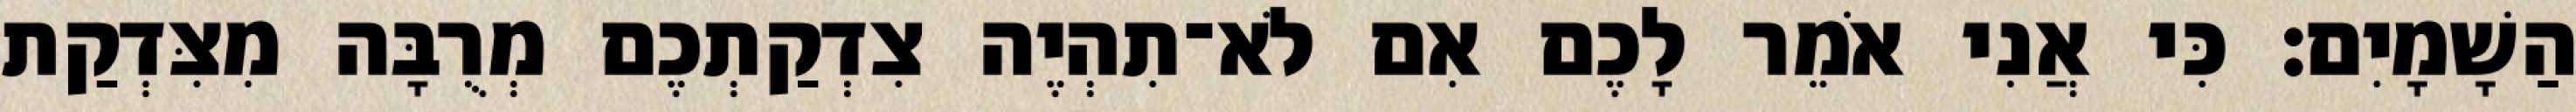
הַשָׁמָיִם׃ כִּי אֲנִי אֹמֵר לָכֶם אִם לֹא־תִהְיֶה צִדְקַתְכֶם מְרֻבָּה מִצִּדְקַת